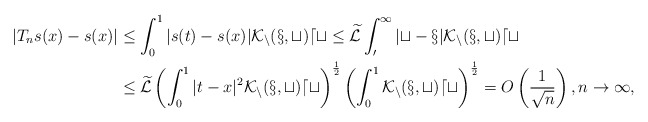
\begin{align*}\left|T_ns(x) - s(x) \right| & \le \int_0^1 |s(t) - s(x)| \cal K_n(x,t) dt \le \widetilde{\mathcal{L}} \int_0^1 |t - x| \cal K_n(x,t) dt \\& \le \widetilde{\mathcal{L}} \left( \int_0^1 |t - x|^2 \cal K_n(x,t) dt \right)^{\frac{1}{2}} \left( \int_0^1 \cal K_n(x,t) dt \right)^{\frac{1}{2}} = O\left( \frac{1}{\sqrt{n}}\right), n \to \infty,\end{align*}